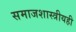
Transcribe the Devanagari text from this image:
समाजशास्त्रीयही